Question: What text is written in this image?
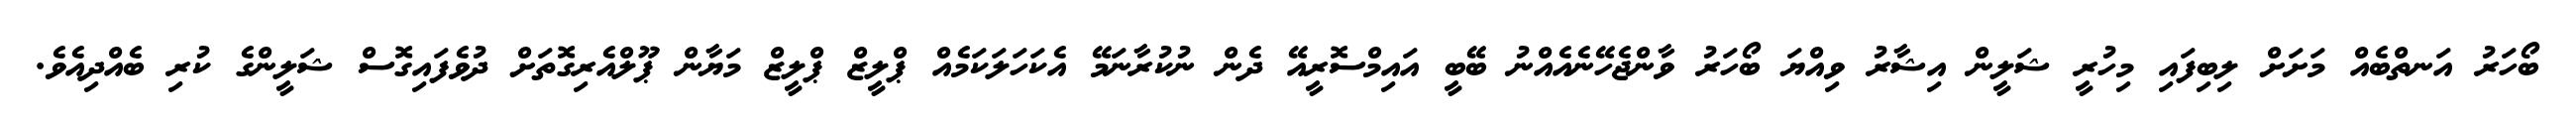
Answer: ބޯހަރު އަނތްބެއް މަށަށް ލިބިފައި މިހުރީ ޝަލީން އިޝާރު ވިއްޔަ ބޯހަރު ވާންޖެހޭނެއެއްނު ބޭބީ އައިމްސޮރީއޭ ދެން ނުކުރާނަމޭ އެކަހަލަކަމެއް ޕްލީޒް ޕްލީޒް މަޔާން ޕޫލްއެރިގޮތަށް ދުވެފައިގޮސް ޝަލީންގެ ކުރި ބެއްދިއެވެ.